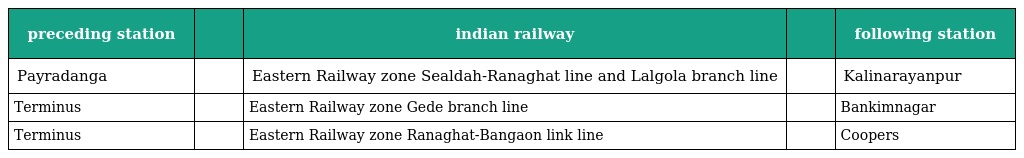
| preceding station |  | indian railway |  | following station |
 | --- | --- | --- | --- | --- |
 | Payradanga |  | Eastern Railway zone Sealdah-Ranaghat line and Lalgola branch line |  | Kalinarayanpur |
 | Terminus |  | Eastern Railway zone Gede branch line |  | Bankimnagar |
 | Terminus |  | Eastern Railway zone Ranaghat-Bangaon link line |  | Coopers |